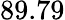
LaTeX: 89.79